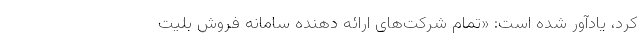
کرد، یادآور شده است: «تمام شرکت‌های ارائه دهنده سامانه فروش بلیت